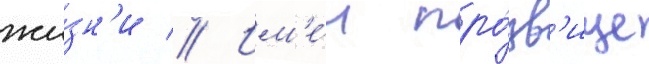
жи́зн'и // Им'е́л про́зв'ище